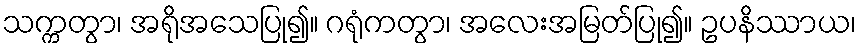
သက္ကတွာ၊ အရိုအသေပြု၍။ ဂရုံကတွာ၊ အလေးအမြတ်ပြု၍။ ဥပနိဿာယ၊